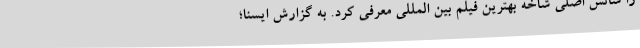
را شانس اصلی شاخه بهترین فیلم بین المللی معرفی کرد. به گزارش ایسنا؛